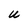
Character: U